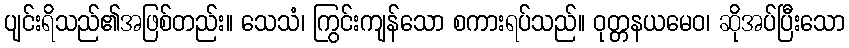
ပျင်းရိသည်၏အဖြစ်တည်း။ သေသံ၊ ကြွင်းကျန်သော စကားရပ်သည်။ ဝုတ္တနယမေဝ၊ ဆိုအပ်ပြီးသော